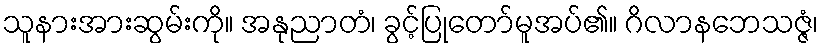
သူနားအားဆွမ်းကို။ အနုညာတံ၊ ခွင့်ပြုတော်မူအပ်၏။ ဂိလာနဘေသဇ္ဇံ၊